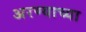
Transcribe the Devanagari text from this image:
अरण्याच्या